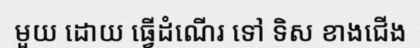
មួយ ដោយ ធ្វើដំណើរ ទៅ ទិស ខាងជើង